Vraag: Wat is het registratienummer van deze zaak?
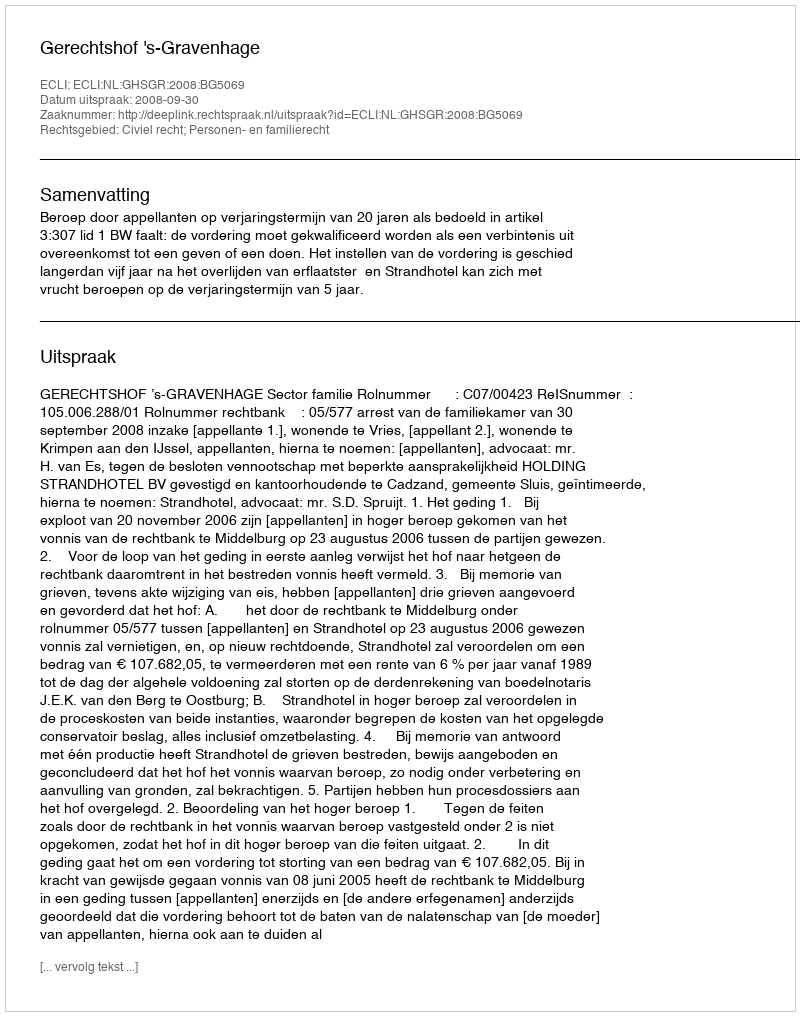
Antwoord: http://deeplink.rechtspraak.nl/uitspraak?id=ECLI:NL:GHSGR:2008:BG5069